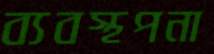
ব্যবস্থপনা